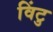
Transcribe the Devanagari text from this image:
विंटु